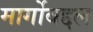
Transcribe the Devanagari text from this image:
मार्गोबद्दल